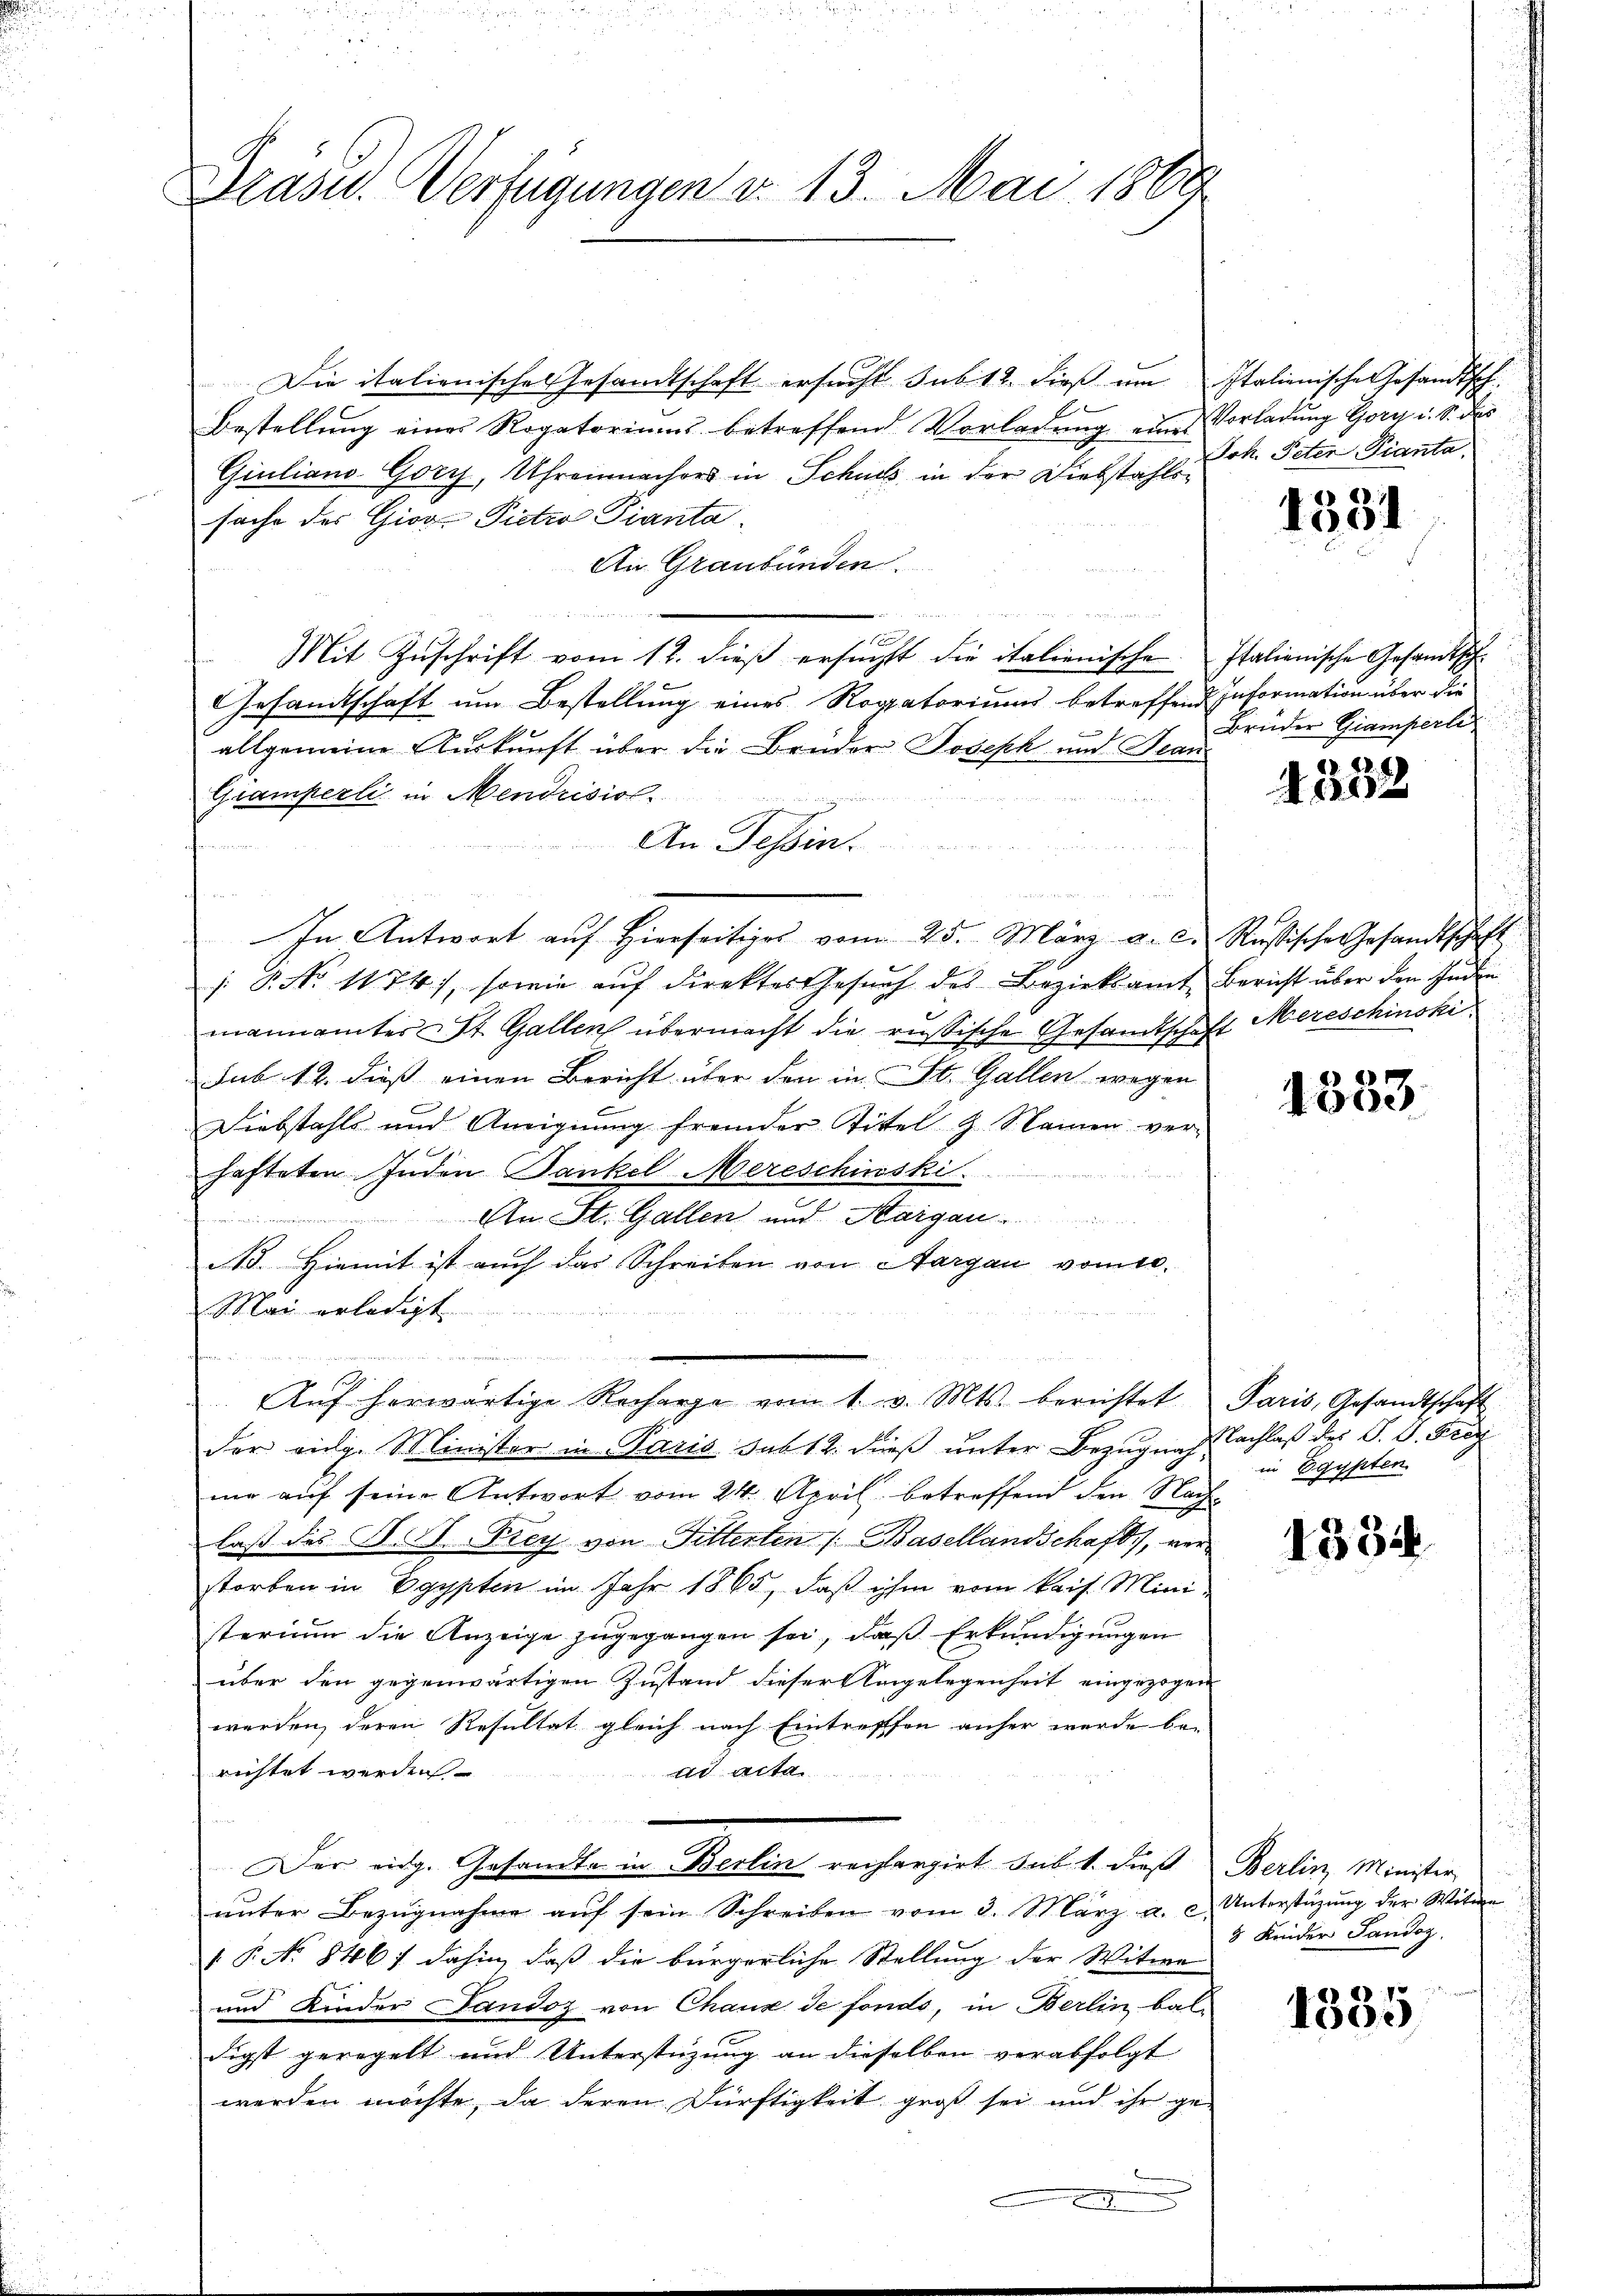
Drasu. Verfügungen v. 13. Mai 1869

Die italienische Gesandtschaft ersucht sub 12. dieß um Italienische Gesandtsch
Bestellung eines Rogatoriums betreffend Vorladung eines Vorladung Gory u. S. des
Giuliano Gory, Uhrenmachers in Schuss in der Diebstahlssache des Gior Pietro Pianta.
An Graubünden.
u
Mit Zŭschrift vom 12. dieβ ersŭcht die italienische Italienische Gesandtsch
Gesandtschaft um Bestellung eines Rogatoriums betreffend Information über die
allgemeine Auskunft über die Brüder Joseph und Bean
Gramperli in Mendrisiol
ifen
An Tessin
In Antwort auf hierseitiges vom 25. März a. c. Russische Gesandtschaft
1. P. Nr. 1174), sowie aŭf direkter Gesŭch des Bezirksamt Bericht über den Inden
mannamtes St. Gallen übermacht die russische Gesandtschaft Mereschinski
sub 12. dieß einen Bericht über den in St. Gallen wegen
Diebstahls und Aneignung fremder Tittel & Namen ver-
hafteten. Inden Bankel Mereschinski
An St. Gallen und Aargau

. Hiemit ist auch das Schreiben von Aargau vom 10.
Mai erledigt
n
Aŭf herwärtige Recharge vom 1. v. Mts. berichtet Paris, Gesandtschaft
der vige Minister in Paris sub 12. dieß unter Bezugnag Nachlaß des P. D. Prof
mie auf seine Antwort vom 24. April betreffend den Nach-
laß des N. St. Frey von Fitterten /: Basellandschaft, ver
storben in Egypten im Jahr 1865, daß ihm vom kais. Mini-
sterium die Anzeige zugegangen sei, daß Erkundigungen
über den gegenwärtigen Zustand dieser Morgelegenheit eingezogen
werden, deren Resultat gleich nach Eintreffen anher werde be-
ad acta
richtet werden
Der eidg. Gesandte in Berlin rechargirt sub. 1. dieß Berlin, Minister
ŭnter Bezŭgnahme aŭf sein Schreiben vom 3. März a. c. Unterstützŭng der Witwe
§ P. No 846) dahin, daß die bürgerliche Stellung der Witwe
und Kinder Landoz von Chaux de fonds, in Berlin bal-
digst geregelt und Unterstüzung an dieselben verabfolgt
werden möchte, da deren Dürftigkeit groß sei und ihr ge¬
2

Joh. Peten Pianta.

1531

Brüder Giamperli

28. A
2

1
1300

in Egypten

1334

8 Kinder Sandoz

1335